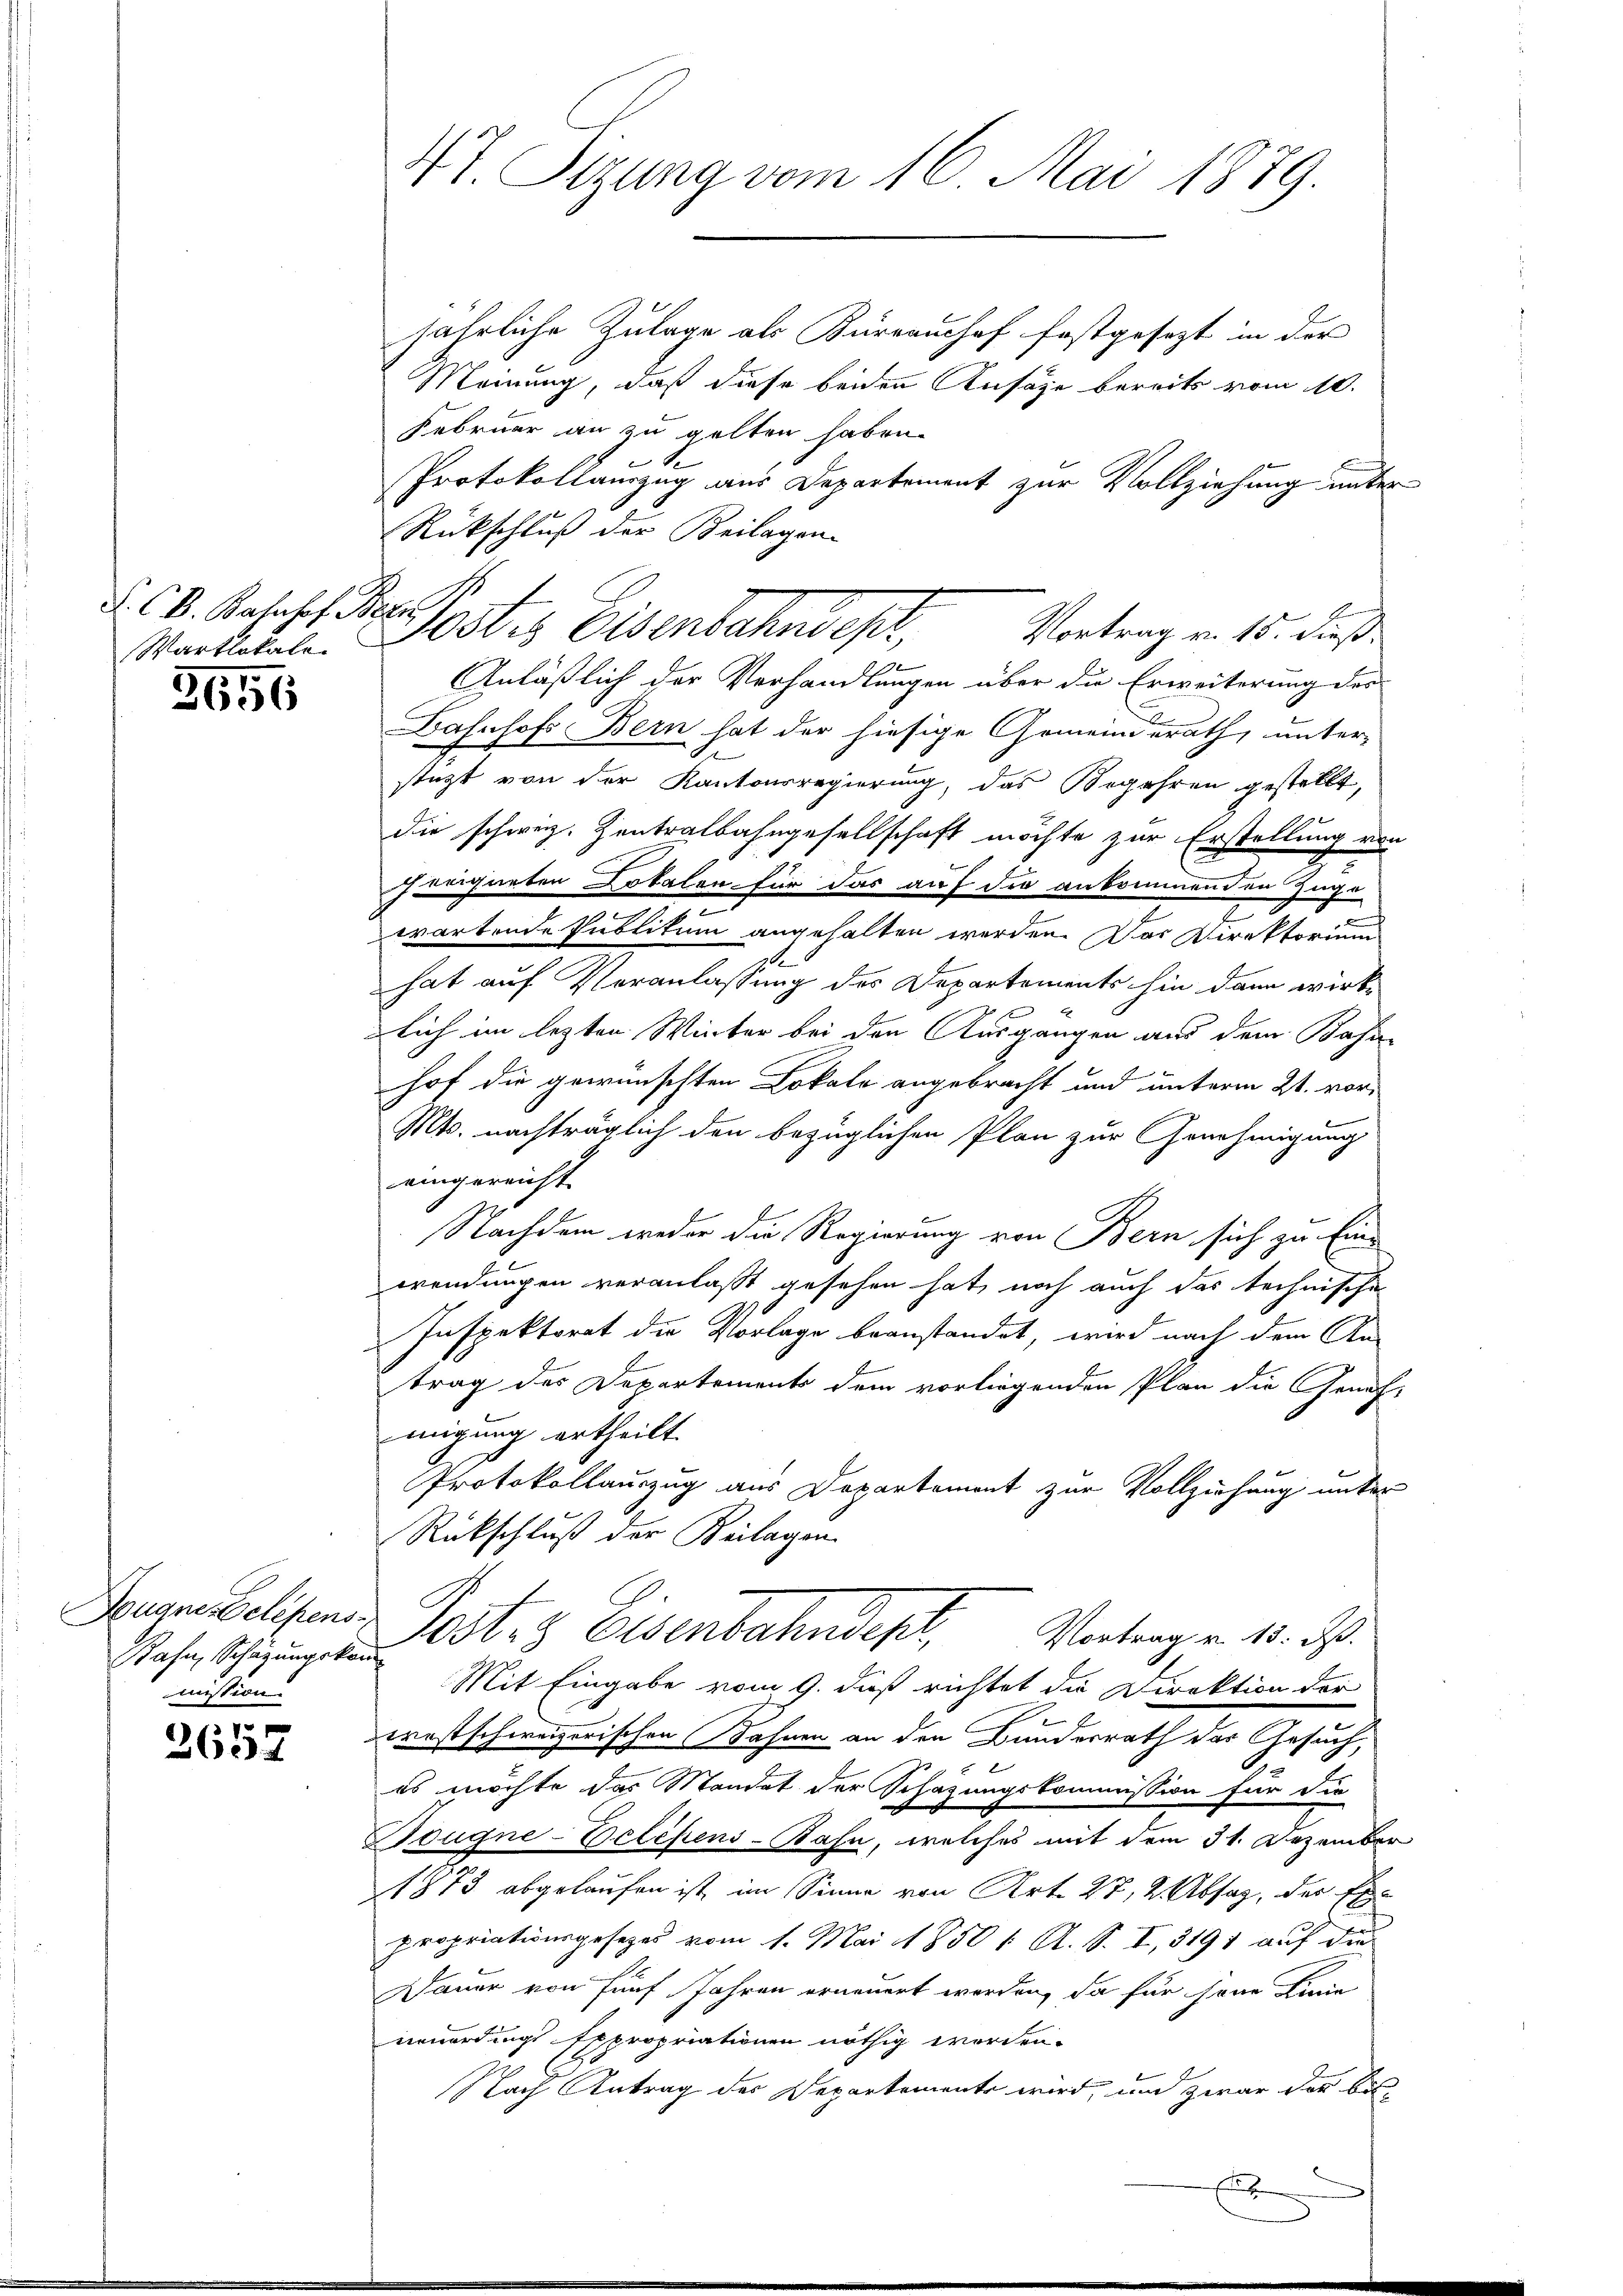
S. CB. Bahnhof. Bezi
Wartlokale.

3656

Bahn, Schazungskommission.

2652

47. Sizung vom 16. Mai 1879.

jährliche Zulage als Büreaushof festgesezt in der
Meinung, daß diese beiden Ansage bereits vom 10.
Februar an zu gelten haben.
e
Protokollauszug aus Departement zur Vollziehung unter
Rückschluß der Beilagen
Anläßlich der Verhandlungen über die Erweiterung der
Bahnhof Bern hat der hiesige Gemeinderath, unter-
stützt von der Kantonsregierung, das Begehren gestellt,
die schweiz. Zentralbahngesellschaft möchte zur Erstellung von
n
freigneten Lokalen für das auf die ankommenden Zugo
h
wartende Publikum angehalten werden. Das Direktorium
hat auf Veranlassung des Departements hin dann wirk-
lich im lezten Winter bei den Ausgangen aus dem Bahn
hof die gewünschten Lokale angebracht und unterm 21. vor¬
Mts. nachträglich den bezüglichen Plan zur Genehmigung
eingereicht.
Nachdem weder die Regierung von Bern sich zu Ein-
wendungen veranlaßt gesehen hat, noch auch das technische
Inspektorat die Vorlage beanstandet, wird nach dem An-
trag des Departements dem vorliegenden Plan die Geneh-
migung ertheilt.
Protokollauszug aus Departement zur Vollziehung unter
Rückschluß der Beilagen.
Saagen helfen. Post- & Eisenbahndept, Vortrag v. 15. d.
Mit Eingabe vom 9. dieß richtet die Direktion der
rostschweizerischen Rahnen an den Bunderrath der Gesuch,
es möchte das Mandet der Schazungskommission für die
Dougne-Delchens-Bahn, welches mit dem 31. Dezember
1873 abgelaufen ist, im Sinne von Art. 27, 2 Absaz, der Expropriationsgesetzes vom 1. Mai 1850 1 A. S. I, 319 auf die
Dauer von fünf Jahren erneuert werden, da für seine Linie
neuerdings Expropriationen nöthig worden.
Nach Antrag des Departemente wird, um zwar der bis¬

Josts Eisenbahnscht,
Vortrag v. 15. dieß.

x